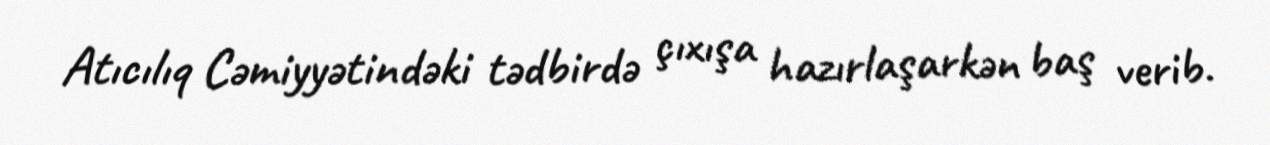
Atıcılıq Cəmiyyətindəki tədbirdə çıxışa hazırlaşarkən baş verib.